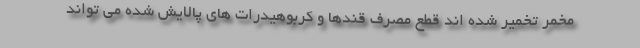
مخمر تخمیر شده اند قطع مصرف قندها و کربوهیدرات های پالایش شده می تواند